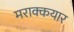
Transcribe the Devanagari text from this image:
मराक्कयार